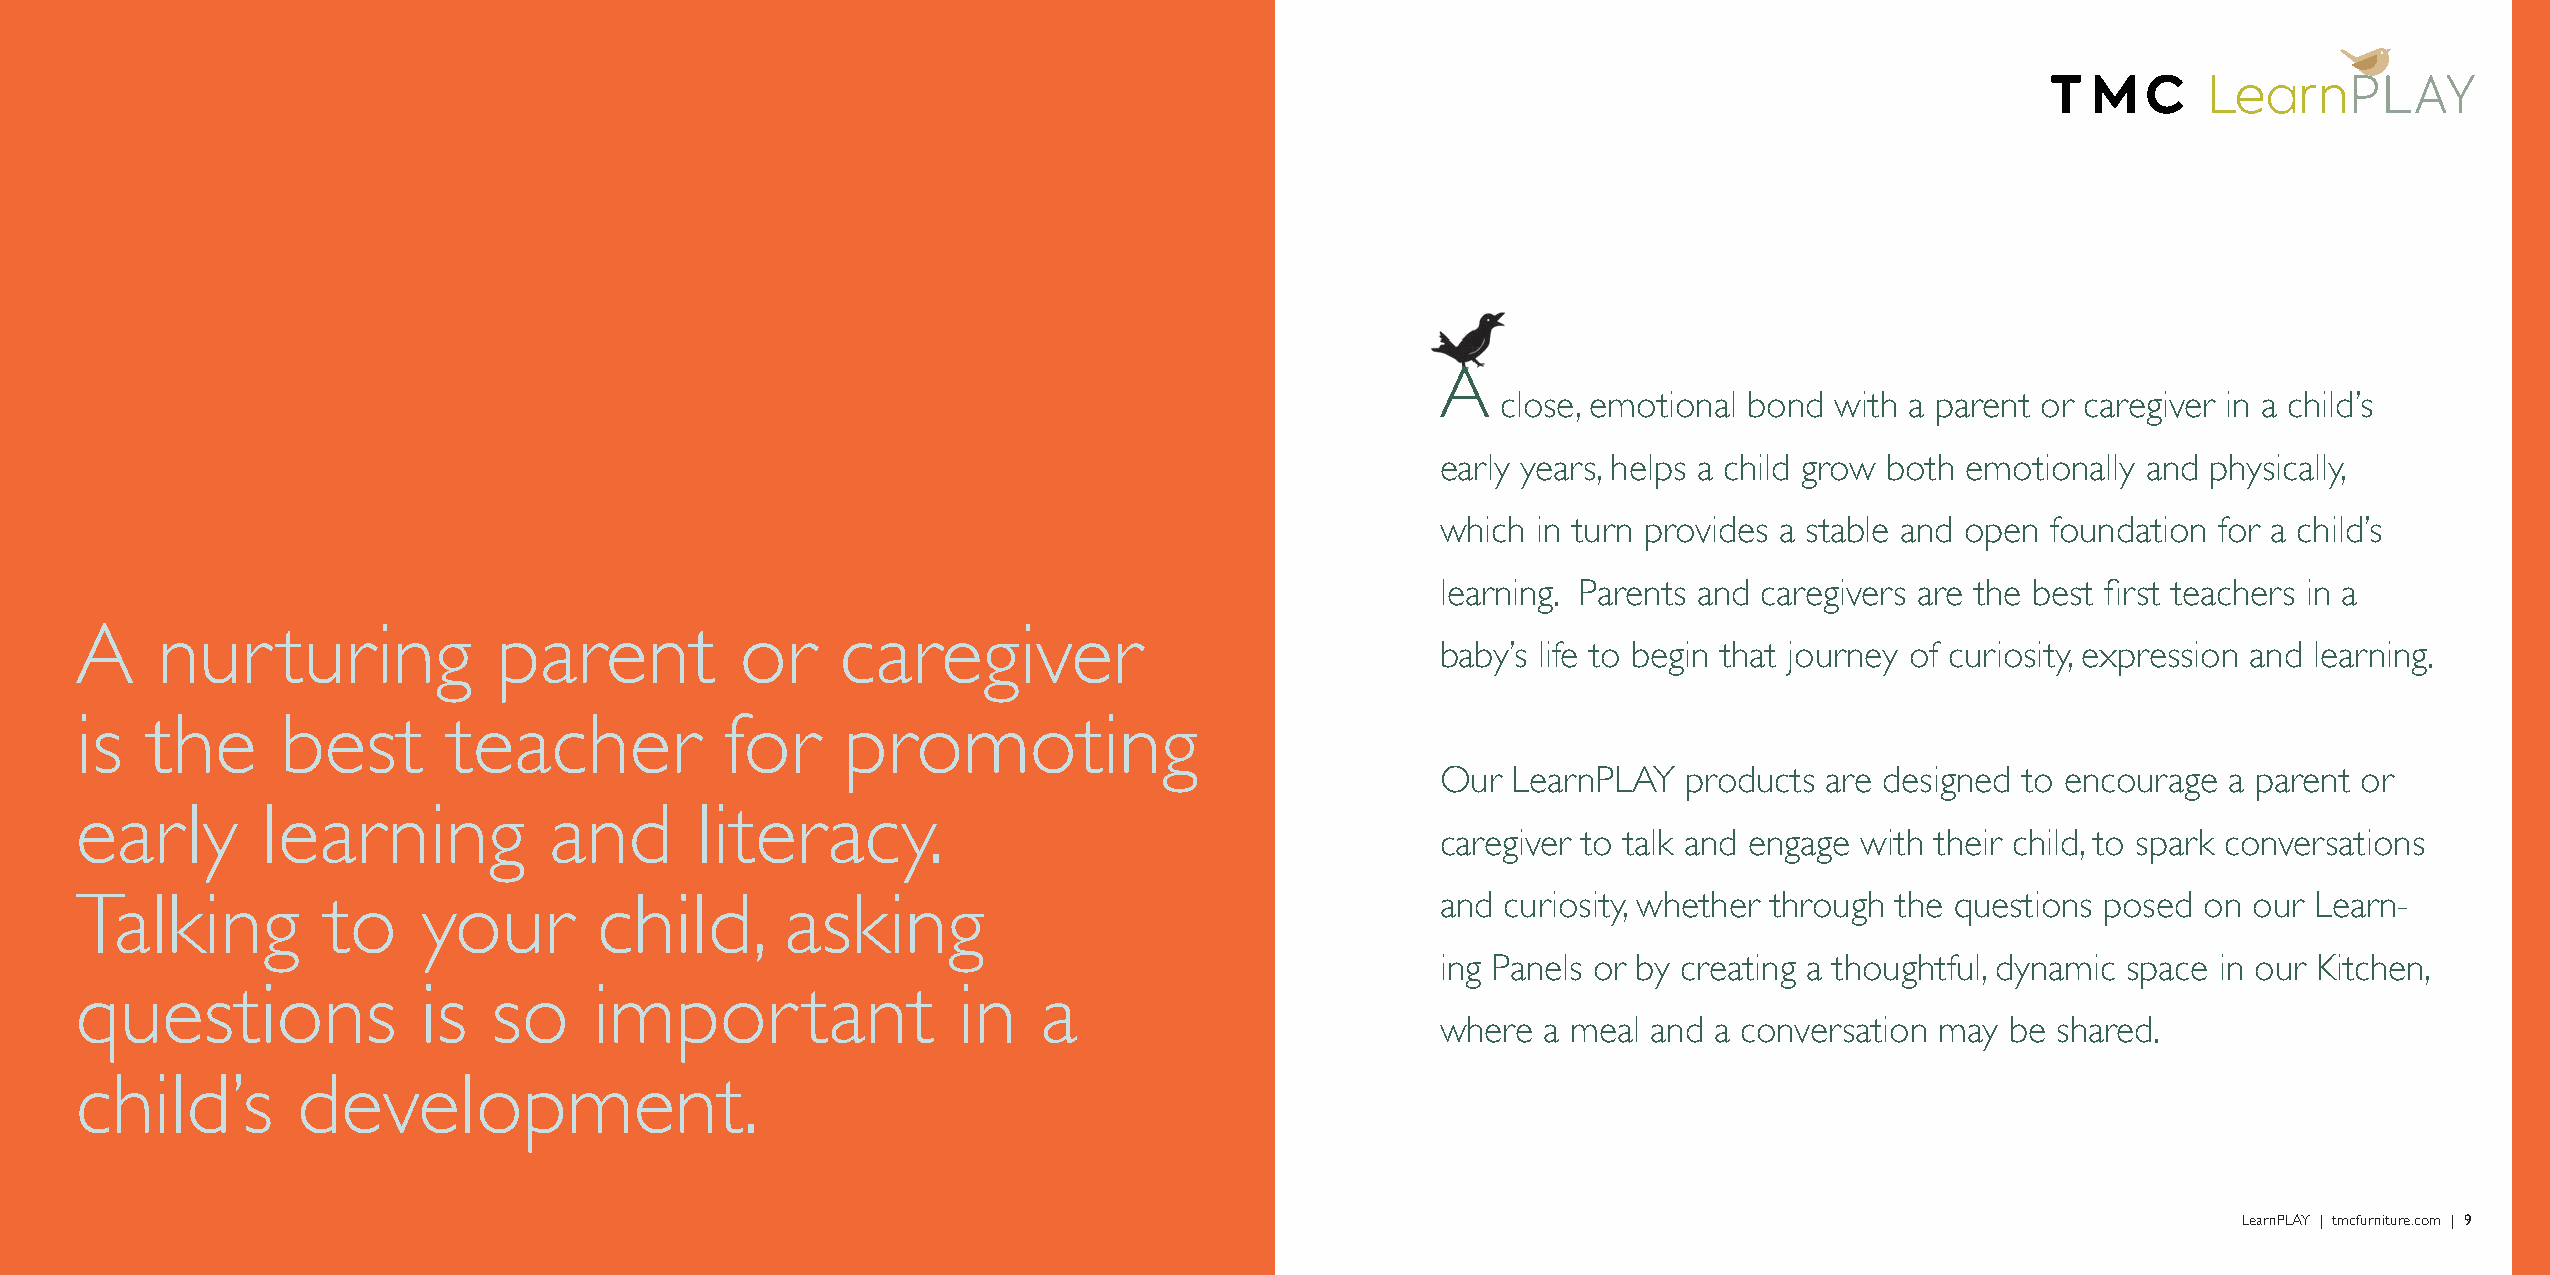
A
 close, emotional bond with a parent or caregiver in a child’s
 early years, helps a child grow both emotionally and physically,
 which  in turn provides a stable and open foundation for a child’s
 learning. Parents and caregivers are the best first teachers in a
 A    nur     turing         parent          or     caregiver
 baby’s life to begin that journey of curiosity, expression and learning.
 is   the      best       teacher           for     promoting
 Our  LearnPLAY   products are designed to encourage  a parent or
 early       learning           and       literacy.
 caregiver to talk and engage with their child, to spark conversations
 Talking         to     your        child,      asking                                     and  curiosity, whether through the questions posed on our Learn-
 ing Panels or by creating a thoughtful, dynamic space in our Kitchen,
 questions              is   so    impor         tant      in    a
 where  a meal and a conversation may  be shared.
 child’s        development.
 8 | LearnPLAY | tmcfurniture.com                                                                                                               LearnPLAY | tmcfurniture.com | 9